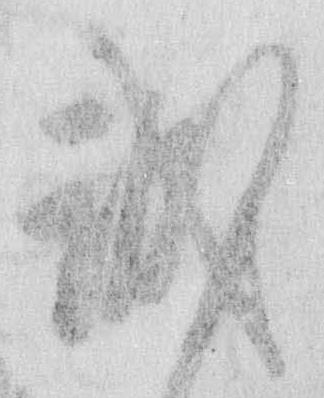
誠